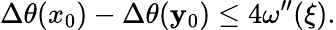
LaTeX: \Delta\theta(x_{0})-\Delta\theta(\mathbf{y}_{0})\leq4\omega^{\prime\prime}(\xi).